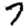
Digit: 7